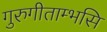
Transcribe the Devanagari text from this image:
गुरुगीताम्भसि